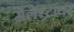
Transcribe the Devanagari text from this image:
मेलेस्टायर